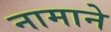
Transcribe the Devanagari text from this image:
नामाने